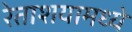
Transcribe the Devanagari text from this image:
रेताशयामध्ये